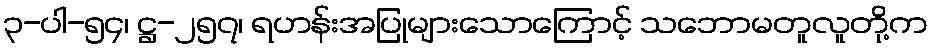
၃-ပါ-၅၄၊ ဋ္ဌ-၂၅၇၊ ရဟန်းအပြုများသောကြောင့် သဘောမတူလူတို့က